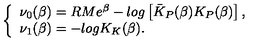
\left\{ \begin{array} { l } { \nu _ { 0 } ( \beta ) = R M e ^ { \beta } - l o g \left[ \bar { K } _ { P } ( \beta ) K _ { P } ( \beta ) \right] , } \\ { \nu _ { 1 } ( \beta ) = - l o g K _ { K } ( \beta ) . } \\ \end{array} \right.